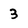
Character: 3